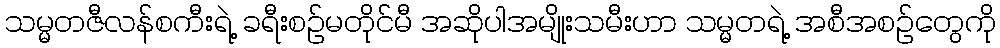
သမ္မတဇီလန်စကီးရဲ့ ခရီးစဉ်မတိုင်မီ အဆိုပါအမျိုးသမီးဟာ သမ္မတရဲ့ အစီအစဉ်တွေကို